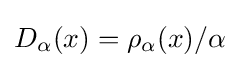
D_{\alpha }(x)=\rho _{\alpha }(x)/\alpha